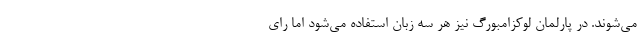
می‌شوند. در پارلمان لوکزامبورگ نیز هر سه زبان استفاده می‌شود اما رای